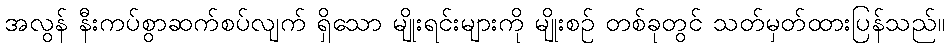
အလွန် နီးကပ်စွာဆက်စပ်လျက် ရှိသော မျိုးရင်းများကို မျိုးစဉ် တစ်ခုတွင် သတ်မှတ်ထားပြန်သည်။